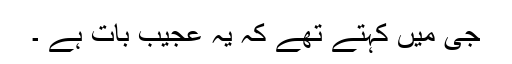
جی میں کہتے تھے کہ یہ عجیب بات ہے ۔